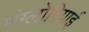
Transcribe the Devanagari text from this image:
मंग्लोरियाई